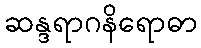
ဆန္ဒရာဂနိရောဓာ